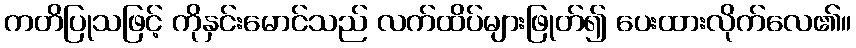
ကတိပြုသဖြင့် ကိုနှင်းမောင်သည် လက်ထိပ်များဖြုတ်၍ ပေးထားလိုက်လေ၏။